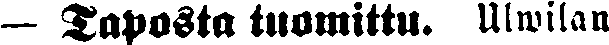
— Taposta tuomittu. Ulwilan